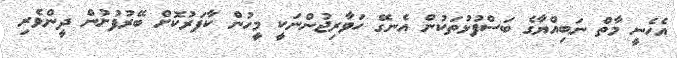
އެހެނީ މާތް ނަބިއްޔާގެ ބަސްފުޅުތަކުން އެނގޭ ހަވާރިޖުންނަކީ މީހުން ކާފަރުކޮށް ބޭރުފުށުން ދީންވެރި